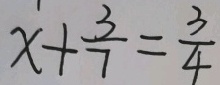
x + \frac { 3 } { 7 } = \frac { 3 } { 4 }